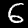
Label: 6